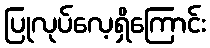
ပြုလုပ်လေ့ရှိကြောင်း